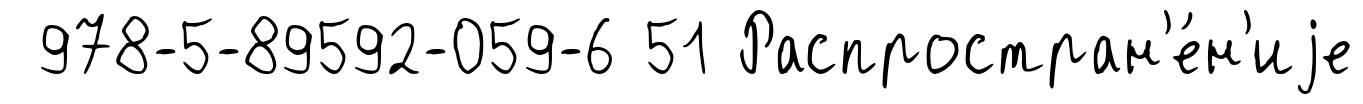
978-5-89592-059-6 51 Распростран'е́н'иjе